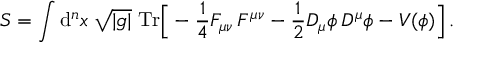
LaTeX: S = \int \mathrm { d } ^ { n } x \; \sqrt { | g | } \; \mathrm { T r } \Big [ - \frac { 1 } { 4 } F _ { \mu \nu } \, F ^ { \mu \nu } - \frac { 1 } { 2 } { D } _ { \mu } \phi \, { D } ^ { \mu } \phi - V ( \phi ) \Big ] \, .